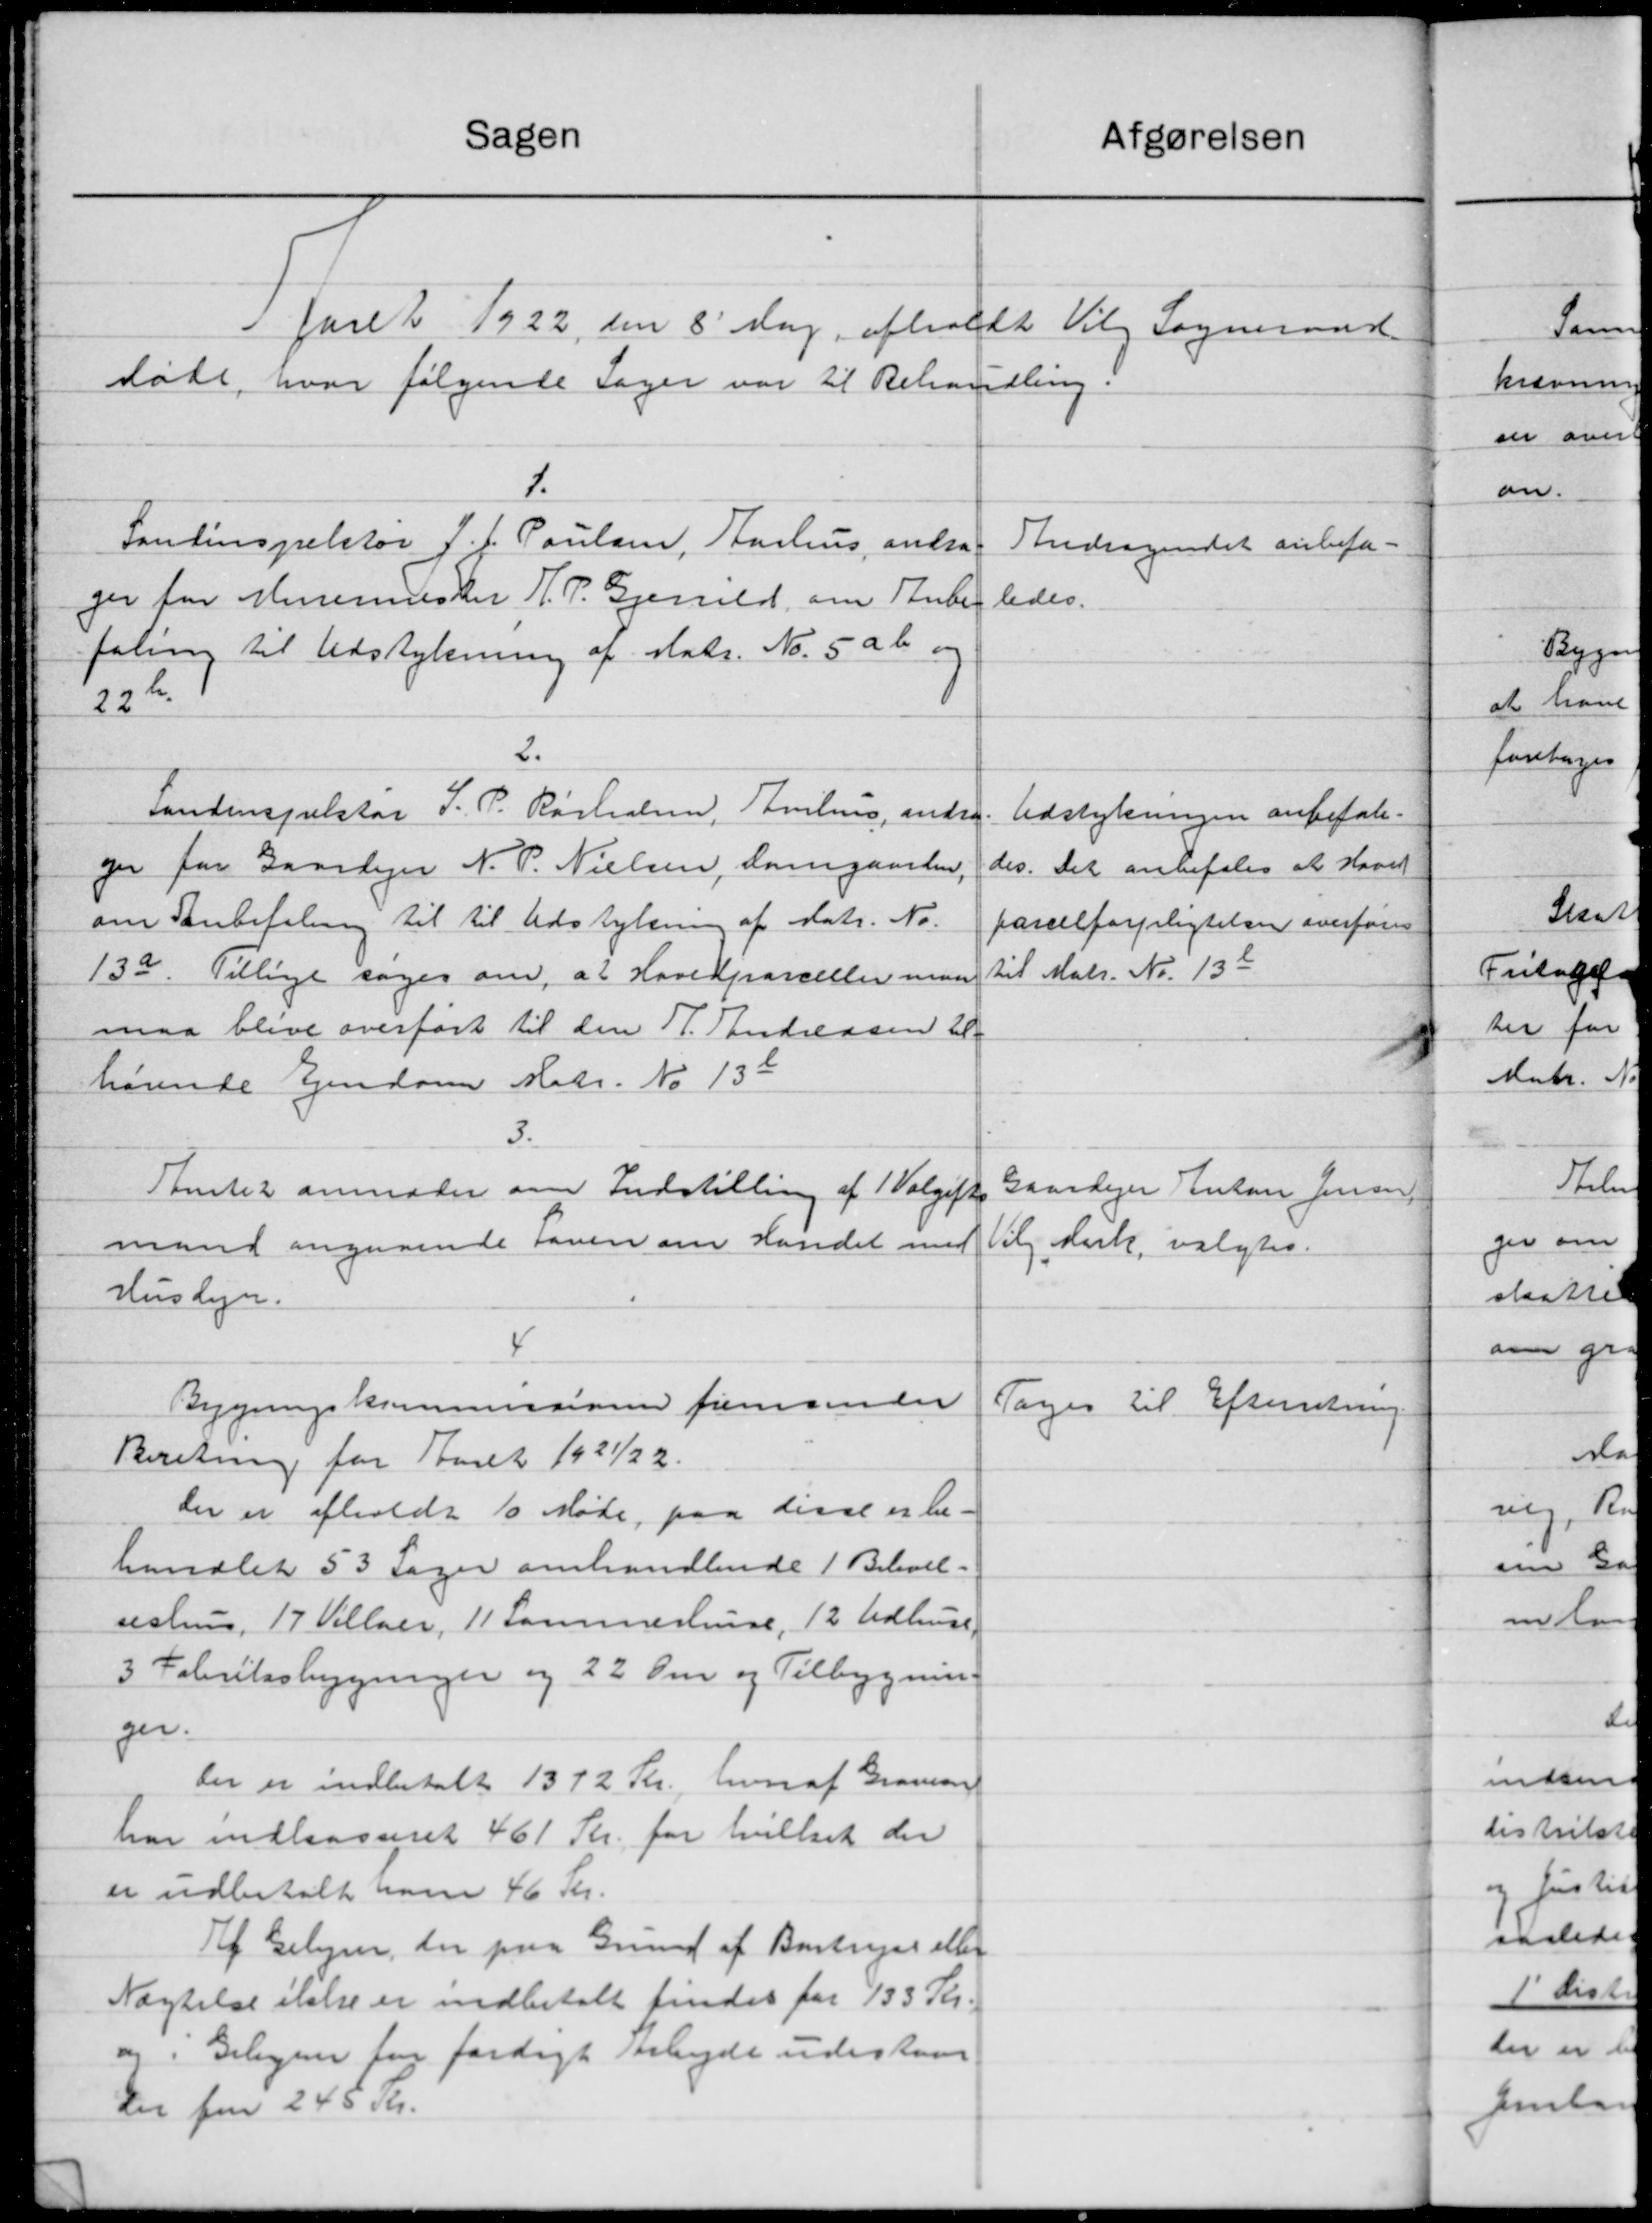
Transskription:
Sagen
afgørelsen
faret 1922 den 8 Dag afholdt Vilg Sogneraad
døte, hvor følgende Sager var til Behandling.
1.
Pontinspektør J. J. Poulsen, Aarhus andra-
Andragendet anbefa-
ledes.
ger for Murermester J. P. Gjerrild, om Anbe
faling til Udstykning af statr. No. 5 ab og
22 b
2.
Landinspektør J. P. Rørholm, Amius, andre.
Udstykningen anbefale.
ger for Gaardejer N. P. Nielsen, Damgaarden,
des. Det anbefales at Hævet
om Anbefaling til til Udstykning af Matr. No.
parcelforpligtelsen overføres
til Matr. Nr. 136
13a. Tillige søger om, at Hovedparceller man
maa blive overført til den P. Andreasen El
høvende Ejendom Matr. No 13b
3.
Amtet anmoder om Indstilling af 1 Valgifte
Gaardejer Anton Jensen
mand angaaende Laven om Handel med
Vilg Kirk, valgtes.
Husdyr.
4
Bygningskommissionen fremsender
Toges til Efterretning.
Beretning for Thuret 1921/22.
der er afholdt 10 Møde paa disse er be-
handlet 53 Sager omhandlende 1 Beboel-
seshus, 17 Villaer, 11 Sammerhuse, 12 Udhuse
3 Fabriksbygninger og 22 Om og Tilbygning
ger.
Der er indbetalt 1372 Kr., hvoraf Granien
har indkasseret 461 Kr. for hvilket der
er udbetalt ham 46 Kr.
Af Belyse, der paa Grund af Bortrejer eller
Nægtelse ikke er indbetalt findes for 133 Kr.
og. Gelegere for færdigt Arbejde udestaar
Der fra 245 Kr.